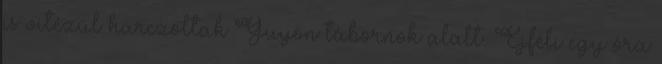
is vitézül harczoltak Guyon tábornok alatt. Éjféli egy óra